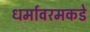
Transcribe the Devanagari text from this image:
धर्मावरमकडे